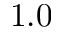
1 . 0